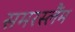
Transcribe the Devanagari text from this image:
समरस्लैंम